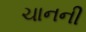
ચાનની